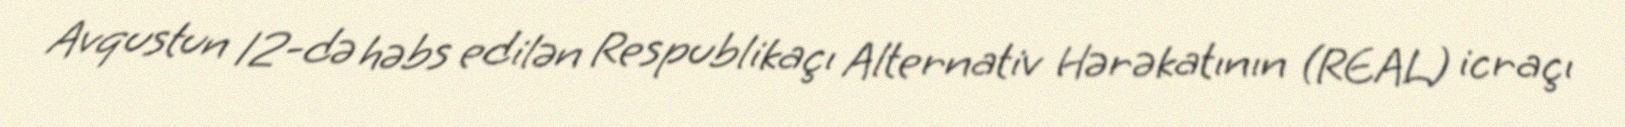
Avqustun 12-də həbs edilən Respublikaçı Alternativ Hərəkatının (REAL) icraçı